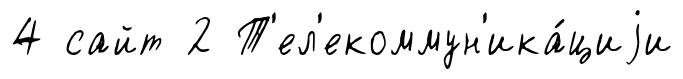
4 сайт 2 Т'ел'екоммун'ика́циjи